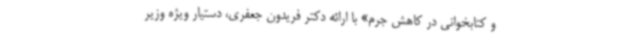
و کتابخوانی در کاهش جرم» با ارائه دکتر فریدون جعفری، دستیار ویژه وزیر